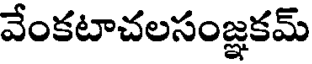
వేంకటాచలసంజ్ఞకమ్